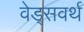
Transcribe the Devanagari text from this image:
वेड्सवर्थ